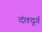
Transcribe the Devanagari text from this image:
दंतदुर्ग